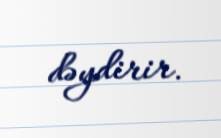
dəydirir.